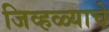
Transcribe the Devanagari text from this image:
जिव्हळ्याचे